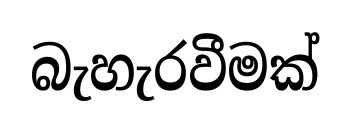
බැහැරවීමක්